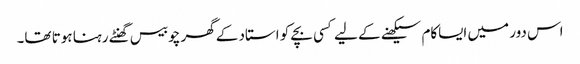
اس دور میں ایساکام سیکھنے کے لیے کسی بچے کو استاد کے گھر چوبیس گھنٹے رہنا ہوتا تھا۔